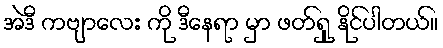
အဲဒီ ကဗျာလေး ကို ဒီနေရာ မှာ ဖတ်ရှု နိုင်ပါတယ်။